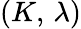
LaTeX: (K,\, \lambda)